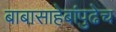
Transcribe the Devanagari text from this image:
बाबासाहेबांपुढेच